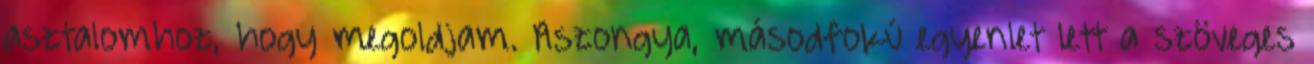
asztalomhoz, hogy megoldjam. Aszongya, másodfokú egyenlet lett a szöveges